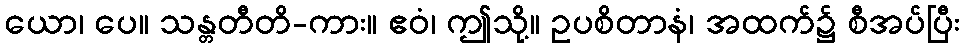
ယော၊ ပေ။ သန္တတီတိ-ကား။ ဧဝံ၊ ဤသို့။ ဥပစိတာနံ၊ အထက်၌ စီအပ်ပြီး